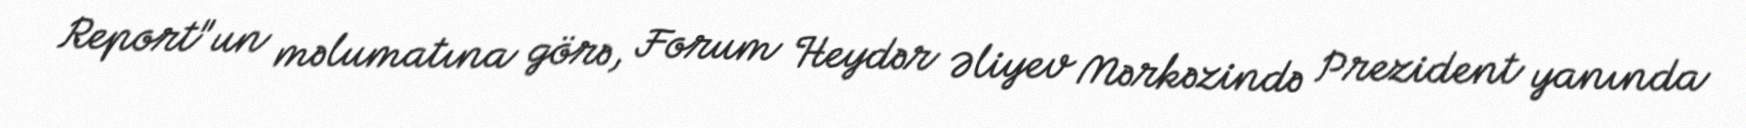
Report"un məlumatına görə, Forum Heydər Əliyev Mərkəzində Prezident yanında